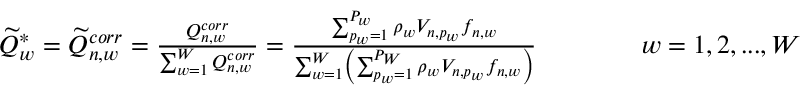
\begin{array} { r } { \widetilde { Q } _ { w } ^ { * } = \widetilde { Q } _ { n , w } ^ { c o r r } = \frac { Q _ { n , w } ^ { c o r r } } { \sum _ { w = 1 } ^ { W } Q _ { n , w } ^ { c o r r } } = \frac { \sum _ { p _ { w } = 1 } ^ { P _ { w } } \rho _ { w } V _ { n , p _ { w } } f _ { n , w } } { \sum _ { w = 1 } ^ { W } \left( \sum _ { p _ { w } = 1 } ^ { P _ { W } } \rho _ { w } V _ { n , p _ { w } } f _ { n , w } \right) } \qquad \qquad w = 1 , 2 , . . . , W } \end{array}